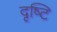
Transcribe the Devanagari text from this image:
दृष्‍टि